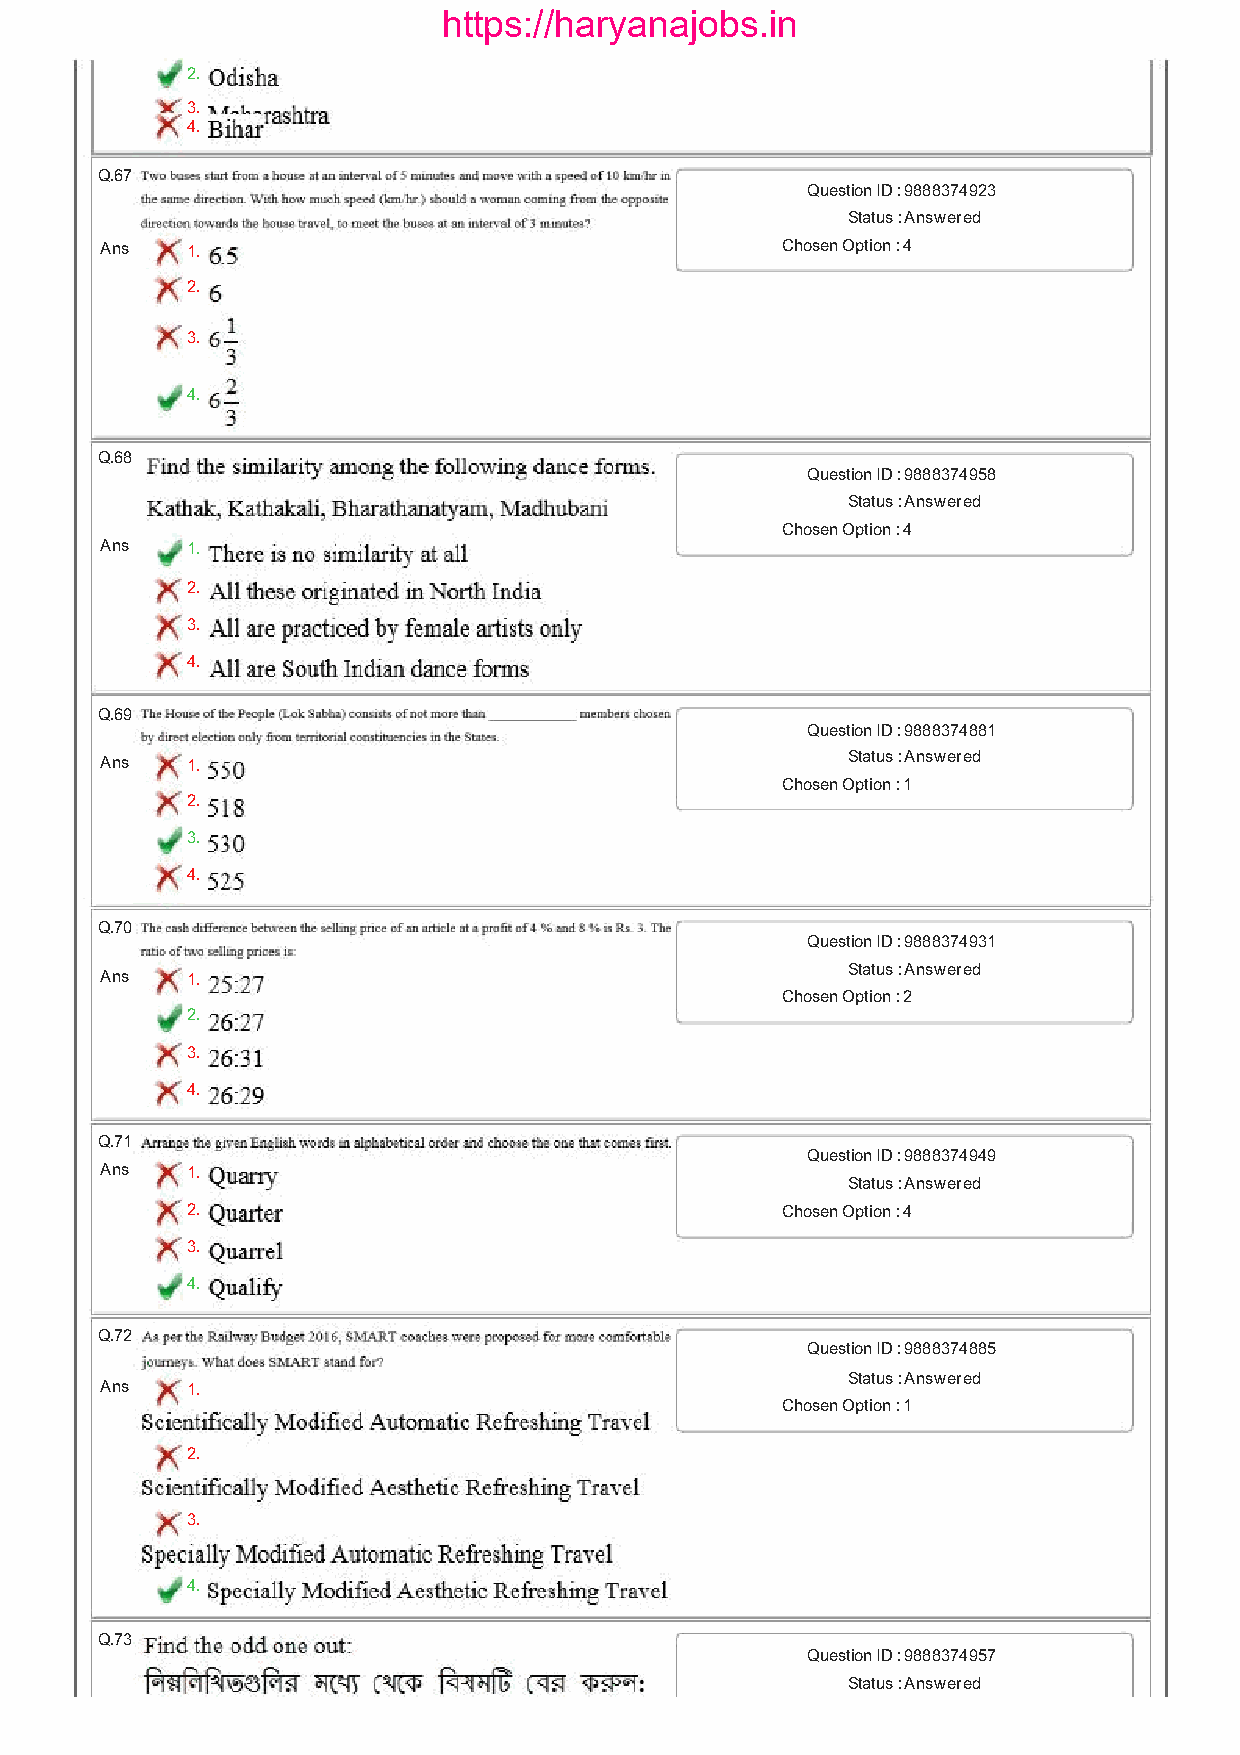
https://haryanajobs.in
 2.
 3.
 4.
 Q.67
 Question ID : 9888374923
 Status : Answered
 Ans  1.                                      Chosen Option : 4
 2.
 3.
 4.
 Q.68
 Question ID : 9888374958
 Status : Answered
 Chosen Option : 4
 Ans  1.
 2.
 3.
 4.
 Q.69
 Question ID : 9888374881
 Ans  1.                                          Status : Answered
 Chosen Option : 1
 2.
 3.
 4.
 Q.70
 Question ID : 9888374931
 Status : Answered
 Ans  1.
 Chosen Option : 2
 2.
 3.
 4.
 Q.71
 Question ID : 9888374949
 Ans  1.
 Status : Answered
 2.                                      Chosen Option : 4
 3.
 4.
 Q.72
 Question ID : 9888374885
 Status : Answered
 Ans  1.
 Chosen Option : 1
 2.
 3.
 4.
 Q.73
 Question ID : 9888374957
 Status : Answered